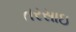
તરસાઇ